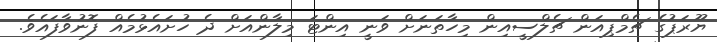
ޔޫރަޕުގެ ޗެމްޕިއަން ޗެލްސީއިން މިހާތަނަށް ވަނީ އިންޓަ މިލާންއަށް ދެ ހުށައެޅުމެއް ފޮނުވާފައެވެ.